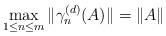
LaTeX: \begin{align*}\max_{1\leq n\leq m}\|\gamma^{(d)}_n(A)\|=\|A\|\end{align*}